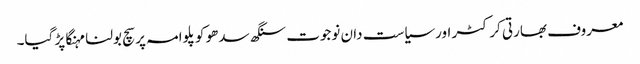
معروف بھارتی کرکٹر اورسیاست دان نوجوت سنگھ سدھو کو پلوامہ پر سچ بولنا مہنگا پڑ گیا۔